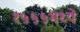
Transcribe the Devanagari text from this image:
१५५५मध्ये